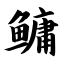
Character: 鳙